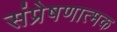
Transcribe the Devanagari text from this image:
संप्रेषणात्मक